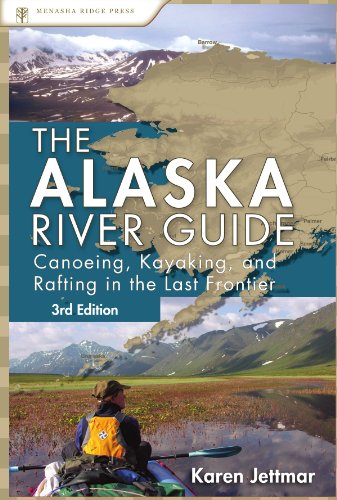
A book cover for Alaska River Guide: Canoeing, Kayaking, and Rafting in the Last Frontier (Canoeing & Kayaking Guides - Menasha); Karen Jettmar; Sports & Outdoors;